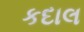
કદાલ